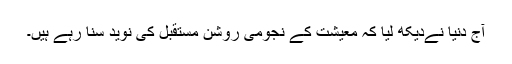
آج دنیا نےدیکھ لیا کہ معیشت کے نجومی روشن مستقبل کی نوید سنا رہے ہیں۔